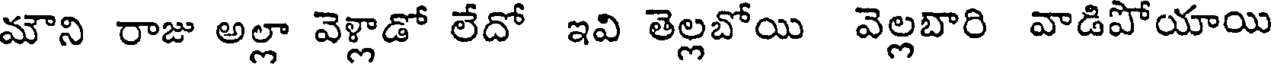
మౌని రాజు అల్లా వెళ్లాడో లేదో ఇవి తెల్లబోయి వెల్లబారి వాడిపోయాయి